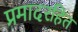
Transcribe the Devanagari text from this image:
प्रमादरहित